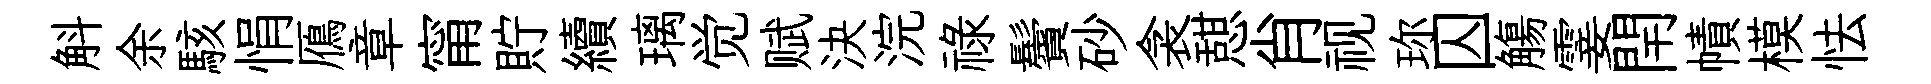
斛余駭悁鴈章甯貯續璃觉赋決浣禄鬢砂衾憇肖视珎囚觴霎閈幘模怯